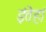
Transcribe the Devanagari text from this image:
इंतेहां